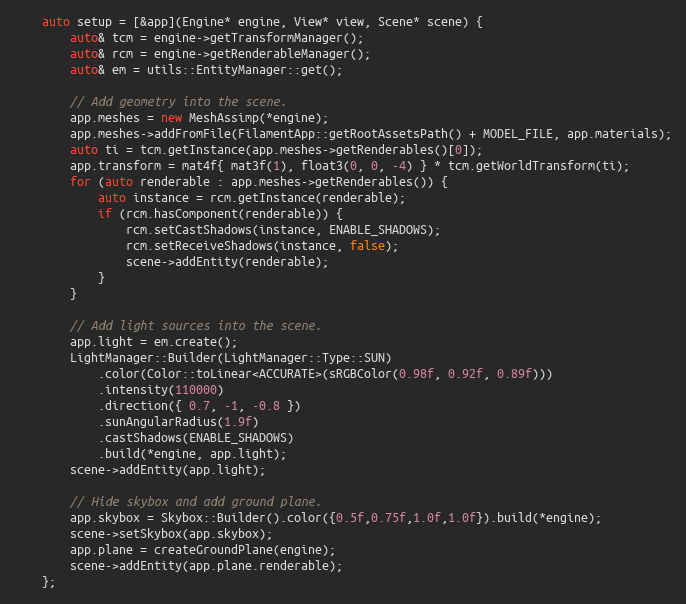
Language: C++
    auto setup = [&app](Engine* engine, View* view, Scene* scene) {
        auto& tcm = engine->getTransformManager();
        auto& rcm = engine->getRenderableManager();
        auto& em = utils::EntityManager::get();

        // Add geometry into the scene.
        app.meshes = new MeshAssimp(*engine);
        app.meshes->addFromFile(FilamentApp::getRootAssetsPath() + MODEL_FILE, app.materials);
        auto ti = tcm.getInstance(app.meshes->getRenderables()[0]);
        app.transform = mat4f{ mat3f(1), float3(0, 0, -4) } * tcm.getWorldTransform(ti);
        for (auto renderable : app.meshes->getRenderables()) {
            auto instance = rcm.getInstance(renderable);
            if (rcm.hasComponent(renderable)) {
                rcm.setCastShadows(instance, ENABLE_SHADOWS);
                rcm.setReceiveShadows(instance, false);
                scene->addEntity(renderable);
            }
        }

        // Add light sources into the scene.
        app.light = em.create();
        LightManager::Builder(LightManager::Type::SUN)
            .color(Color::toLinear<ACCURATE>(sRGBColor(0.98f, 0.92f, 0.89f)))
            .intensity(110000)
            .direction({ 0.7, -1, -0.8 })
            .sunAngularRadius(1.9f)
            .castShadows(ENABLE_SHADOWS)
            .build(*engine, app.light);
        scene->addEntity(app.light);

        // Hide skybox and add ground plane.
        app.skybox = Skybox::Builder().color({0.5f,0.75f,1.0f,1.0f}).build(*engine);
        scene->setSkybox(app.skybox);
        app.plane = createGroundPlane(engine);
        scene->addEntity(app.plane.renderable);
    };